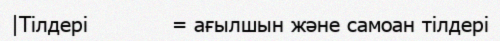
|Тілдері            = ағылшын және самоан тілдері